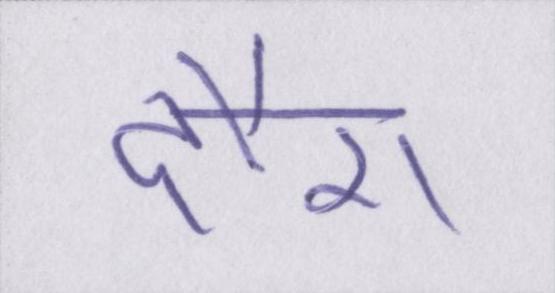
दौरा